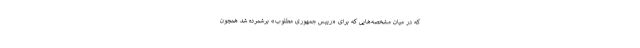
که در میان مشخصه‌هایی که برای «رییس جمهوری مطلوب» برشمرده شد همچون